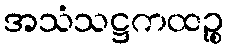
အသံသဋ္ဌကထဉ္စ